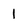
Character: 1